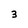
Character: 3